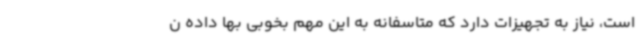
است، نیاز به تجهیزات دارد که متاسفانه به این مهم بخوبی بها داده ن